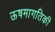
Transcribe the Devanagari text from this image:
ऊषमागतिकी